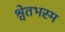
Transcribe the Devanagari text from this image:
श्वेतभस्म